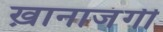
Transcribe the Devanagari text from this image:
ख़ानाजंगी